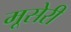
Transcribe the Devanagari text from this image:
मूसेरी